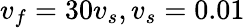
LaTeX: v_{f}=30v_{s},v_{s}=0.01